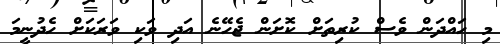
މި ހައްދަން ވެސް ކުރިތަށް ކޮށަން ޖެހޭނެ އަދި ވަކި ވަރަކަށް ހެދުނީމަ